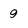
Character: 9